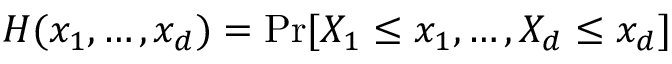
H ( x _ { 1 } , \dots , x _ { d } ) = \operatorname* { P r } [ X _ { 1 } \leq x _ { 1 } , \dots , X _ { d } \leq x _ { d } ]